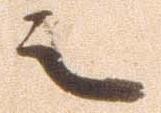
之